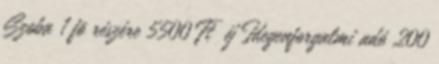
Szoba 1 fõ részére 5500 Ft éj Idegenforgalmi adó 200